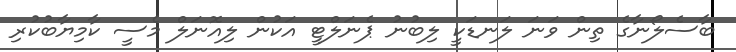
ބާސެލޯނާގެ ތިން ވަނަ ލަނޑަކީ ލިބުނު ޕެނަލްޓީ އަކުން ލިއޮނަލް މެސީ ކާމިޔާބުކުރި